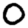
Digit: 0